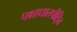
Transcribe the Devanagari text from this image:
पक्षाधातपीड़ित